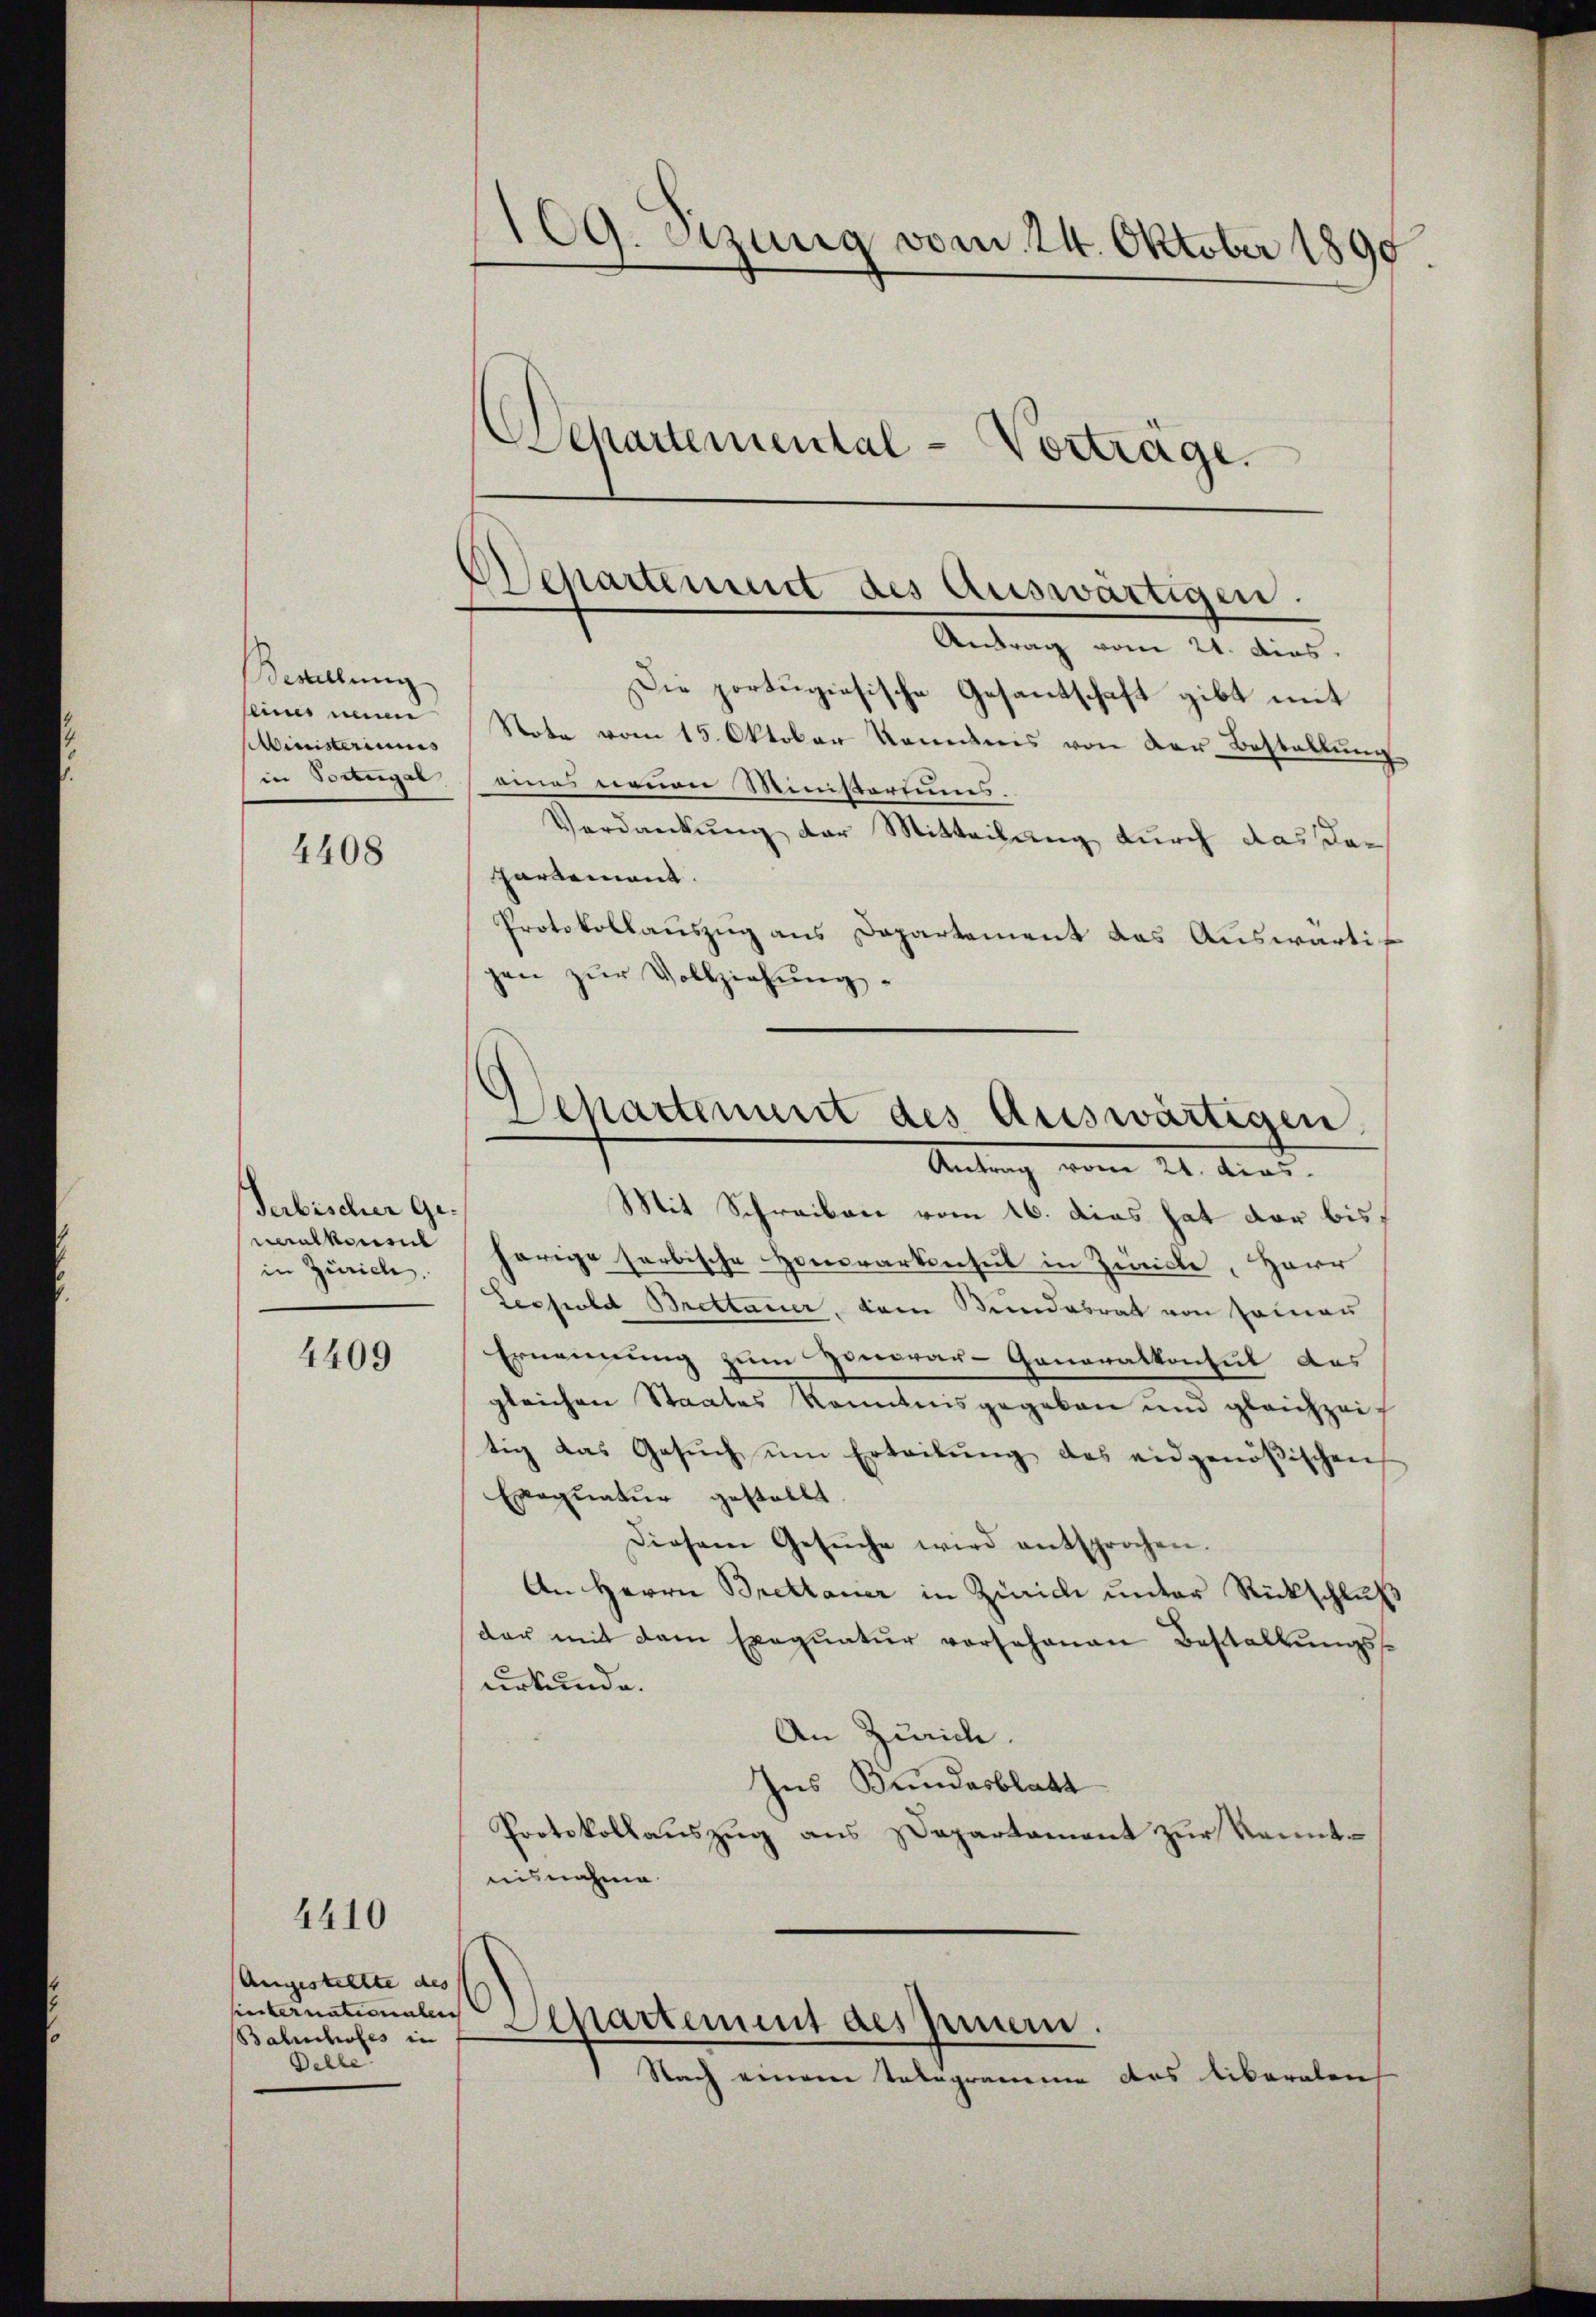
Bestellung
Ministeriums

4408

Serbischer Gein Zürich.

4409

4410

Augestellte des
siebernationalen
Bahnhofes in
Belle

Antrag vom 21. dies.
Die portugisische Gesantschaft gibt mit
seiner mein Note vom 15. Oktober Kenntnis von der Bestellung
in Stanger eines neuen Ministeriums.
Verdankung der Mitteilung durch das dahartement. |
Protokollaŭszŭg ans Departement das Auswärti
gen zur Vollziehung.
Mit Schreiben vom 16. das hat der bis
malkommt herige farbische Honorarkenheit in Zürich, Herr
Leopold Brettauer, dem Bundesrat von seinan
Ernennung zum Honorar-Gonoratkonsul des
gleichen Staates kommnisgegeben und gleichzeitig das Gesŭch ŭm Erteilŭng des eidgenößischen
Exequatur gestellt.
Diesem Gesŭche wird entsprochen.
An Herrn Brettanier in Zürich unter Rückschluß
der mit dem Exequatur vorschenen Bestaltungsurkunde.
An Zürich.
Ins Bundesblatt
Protokollauszug aus Departament zur Kenntisnahme

109. Sitzung vom 24. Oktober 1890
Departemental-Vorträge.

Separtement des Auswärtigen.

Separtement des Auswärtigen
Sendung vom 21. Aus

Departement dessen.
Nach einem Telegrammen des liberalen